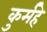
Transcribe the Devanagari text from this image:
कुर्महे